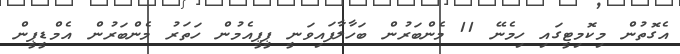
އެގޮތުން މިކޮމިޓީގައި ހިމެނޭ 11 މެންބަރުން ބަހާލާފައިވަނީ ޕީޕީއެމުން ހަަތަރު މެންބަރުން އެމްޑީޕީން